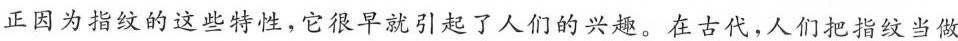
正因为指纹的这些特性，它很早就引起了人们的兴趣。在古代，人们把指纹当做